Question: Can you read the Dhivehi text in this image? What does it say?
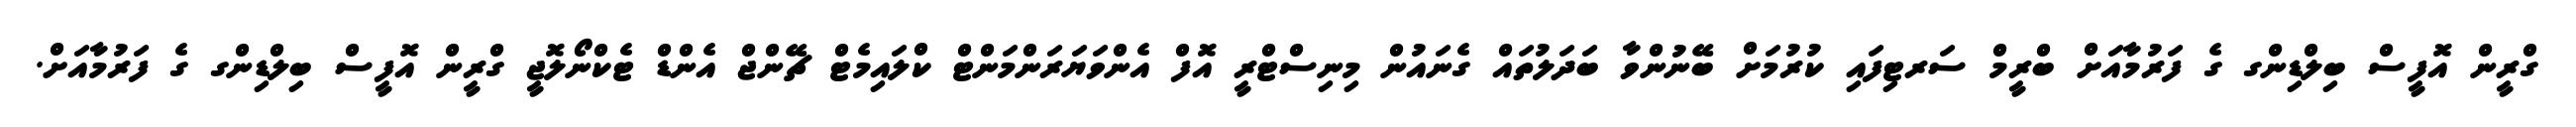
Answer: ގްރީން އޮފީސް ބިލްޑިންގ ގެ ފަރުމާއަށް ބްރީމް ސަރޓިފައި ކުރުމަށް ބޭނުންވާ ބަދަލުތައް ގެނައުން މިނިސްޓްރީ އޮފް އެންވަޔަރަންމަންޓް ކްލައިމެޓް ޗޭންޖް އެންޑް ޓެކްނޯލޮޖީ ގްރީން އޮފީސް ބިލްޑިންގ ގެ ފަރުމާއަށް.